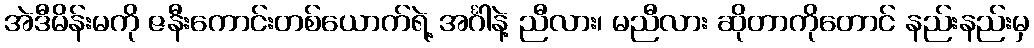
အဲဒီမိန်းမကို ဇနီးကောင်းတစ်ယောက်ရဲ့ အင်္ဂါနဲ့ ညီလား၊ မညီလား ဆိုတာကိုတောင် နည်းနည်းမှ